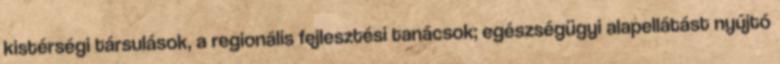
kistérségi társulások, a regionális fejlesztési tanácsok; egészségügyi alapellátást nyújtó